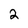
Character: 2